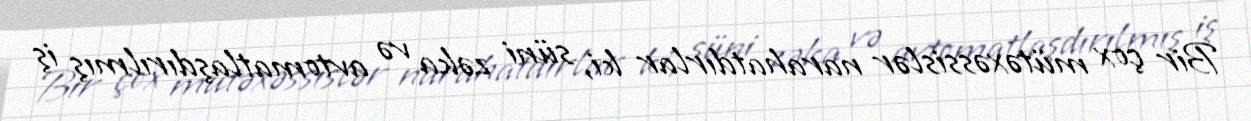
Bir çox mütəxəssislər narahatdırlar ki, süni zəka və avtomatlaşdırılmış iş